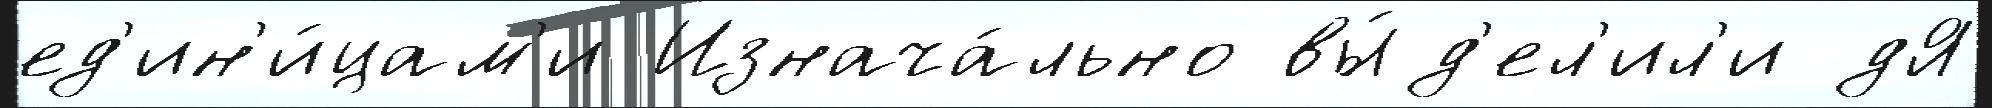
ед'ин'и́цам'и Изнача́льно вы́д'ел'ил'и дЯ